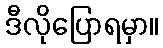
ဒီလိုပြောရမှာ။